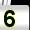
Digit: 5